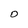
Character: O